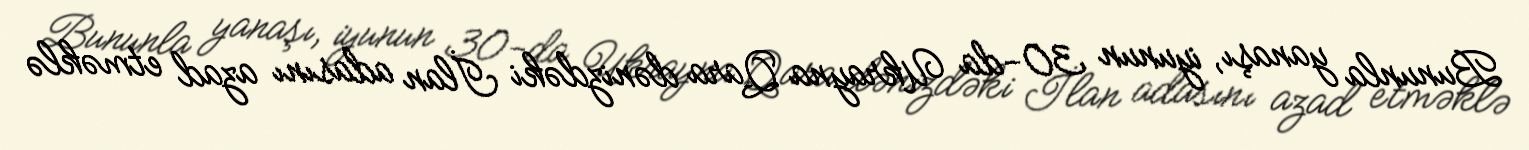
Bununla yanaşı, iyunun 30-da Ukrayna Qara dənizdəki İlan adasını azad etməklə